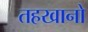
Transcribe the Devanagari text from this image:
तहखानो